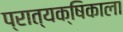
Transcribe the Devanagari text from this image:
प्रात्यक्षिकाला